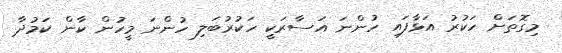
މިގޮތަށް ހަކުރު އަޅާފައި ހުންނަ އަސާރަކީ ހަކުރުބަލި ހުންނަ މީހުން ކާން ކަމުދާ